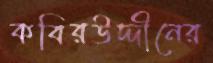
কবিরউদ্দীনের